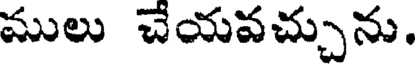
ములు చేయవచ్చును.